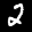
Label: 2